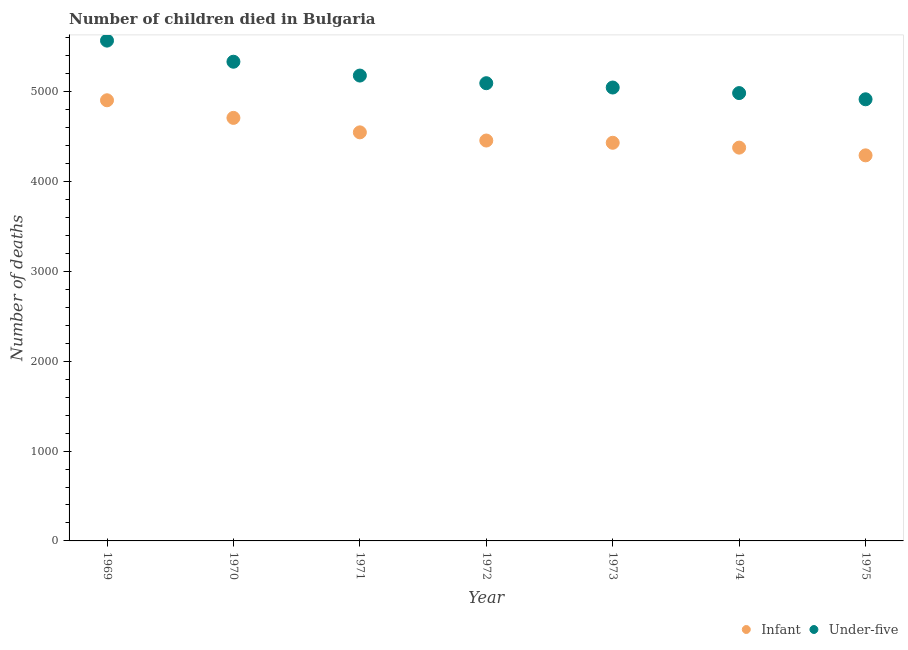
| Year | Infant | Under-five |
 | --- | --- | --- |
 | 1969 | 4.9e+03 | 5.57e+03 |
 | 1970 | 4.71e+03 | 5.33e+03 |
 | 1971 | 4.55e+03 | 5.18e+03 |
 | 1972 | 4.46e+03 | 5.09e+03 |
 | 1973 | 4.43e+03 | 5.05e+03 |
 | 1974 | 4.38e+03 | 4.98e+03 |
 | 1975 | 4.29e+03 | 4.92e+03 |